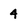
Character: 4